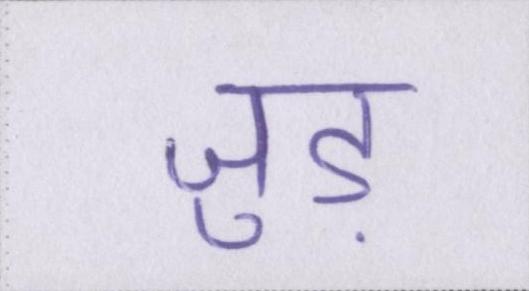
जुड़